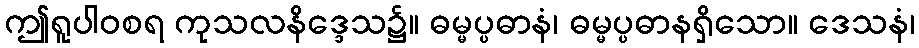
ဤရူပါဝစရ ကုသလနိဒ္ဒေသ၌။ ဓမ္မပ္ပဓာနံ၊ ဓမ္မပ္ပဓာနရှိသော။ ဒေသနံ၊